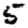
Digit: 5